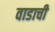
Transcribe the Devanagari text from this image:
वाडाची